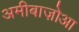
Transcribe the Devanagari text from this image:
अमीबाज़ोआ